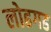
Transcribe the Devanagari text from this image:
लोहगढ